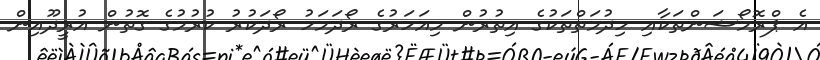
އެ ޕްރޮމޯޝަންތަކާއި ހިދުމަތްތަކުގެ އިތުރުން މިއަހަރުގެ ރޯދަމަހު ރޯދަކުރު ކުރުމުގެ ގޮތުން އުރީދޫއިން